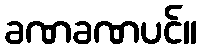
ခဏခဏပင်။